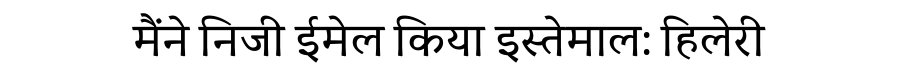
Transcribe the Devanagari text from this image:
मैंने निजी ईमेल किया इस्तेमाल: हिलेरी